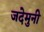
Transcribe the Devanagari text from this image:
जदेमुनी